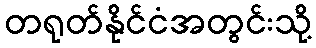
တရုတ်နိုင်ငံအတွင်းသို့